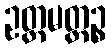
ဥတ္တမတ္ထဉ္စ